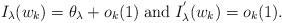
LaTeX: \begin{align*} {I}_{\lambda}(w_{k}) = \theta_{\lambda}+o_k(1) \;\textrm{and}\; {I}_{\lambda}^{'}(w_{k}) = o_k(1).\end{align*}